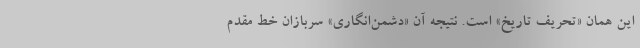
این همان «تحریف تاریخ» است. نتیجه آن «دشمن‌انگاری» سربازان خط مقدم